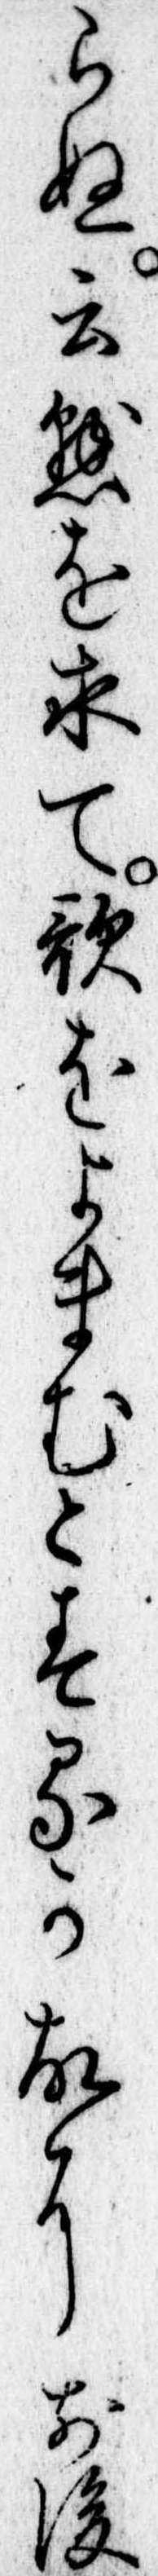
らぬ云懸を求て歌をよまむとするか故に前後